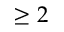
\geq 2